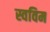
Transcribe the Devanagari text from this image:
स्वविम